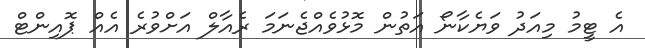
އެ ޓީމު މިއަދު ވަޔެކާނޯ އަތުން މޮޅުވެއްޖެނަމަ ރެއާލް އަށްވުރެ އެއް ޕޮއިންޓް